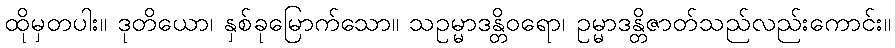
ထိုမှတပါး။ ဒုတိယော၊ နှစ်ခုမြောက်သော။ သဥမ္မာဒန္တိဝရော၊ ဥမ္မာဒန္တိဇာတ်သည်လည်းကောင်း။